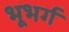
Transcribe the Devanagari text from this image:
भूभर्ग